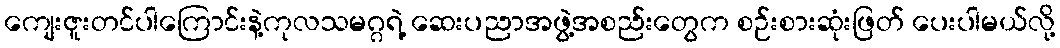
ကျေးဇူးတင်ပါကြောင်းနဲ့ကုလသမဂ္ဂရဲ့ ဆေးပညာအဖွဲ့အစည်းတွေက စဉ်းစားဆုံးဖြတ် ပေးပါမယ်လို့